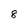
Character: 8